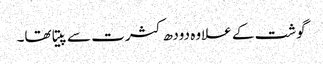
گوشت کے علاوہ دودھ کثرت سے پیتا تھا۔